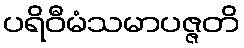
ပရိဝီမံသမာပဇ္ဇတိ